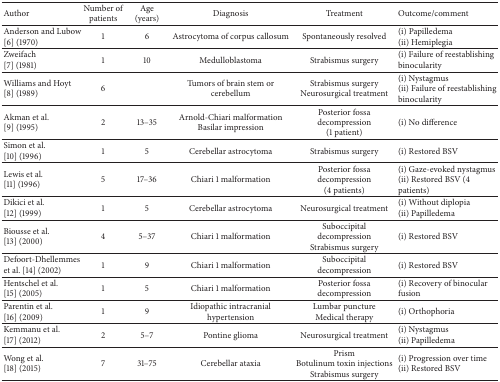
| Author | Number of patients | Age (years) | Diagnosis | Treatment | Outcome/comment |
 | --- | --- | --- | --- | --- | --- |
 | Anderson and Lubow[6] (1970) | 1 | 6 | Astrocytoma of corpus callosum | Spontaneously resolved | (i) Papilledema(ii) Hemiplegia |
 | Zweifach [7] (1981) | 1 | 10 | Medulloblastoma | Strabismus surgery | (i) Failure of reestablishing binocularity |
 | Williams and Hoyt[8] (1989) | 6 |  | Tumors of brain stem or cerebellum | Strabismus surgeryNeurosurgical treatment | (i) Nystagmus(ii) Failure of reestablishing binocularity |
 | Akman et al.[9] (1995) | 2 | 13–35 | Arnold-Chiari malformationBasilar impression | Posterior fossa decompression(1 patient) | (i) No difference |
 | Simon et al.[10] (1996) | 1 | 5 | Cerebellar astrocytoma | Strabismus surgery | (i) Restored BSV |
 | Lewis et al.[11] (1996) | 5 | 17–36 | Chiari 1 malformation | Posterior fossa decompression(4 patients) | (i) Gaze-evoked nystagmus(ii) Restored BSV (4 patients) |
 | Dikici et al.[12] (1999) | 1 | 5 | Cerebellar astrocytoma | Neurosurgical treatment | (i) Without diplopia(ii) Papilledema |
 | Biousse et al.[13] (2000) | 4 | 5–37 | Chiari 1 malformation | Suboccipital decompressionStrabismus surgery | (i) Restored BSV |
 | Defoort-Dhellemmes et al. [14] (2002) | 1 | 9 | Chiari 1 malformation | Suboccipital decompression | (i) Restored BSV |
 | Hentschel et al.[15] (2005) | 1 | 5 | Chiari 1 malformation | Posterior fossa decompression | (i) Recovery of binocular fusion |
 | Parentin et al.[16] (2009) | 1 | 9 | Idiopathic intracranial hypertension | Lumbar punctureMedical therapy | (i) Orthophoria |
 | Kemmanu et al.[17] (2012) | 2 | 5–7 | Pontine glioma | Neurosurgical treatment | (i) Nystagmus(ii) Papilledema |
 | Wong et al.[18] (2015) | 7 | 31–75 | Cerebellar ataxia | PrismBotulinum toxin injectionsStrabismus surgery | (i) Progression over time(ii) Restored BSV |